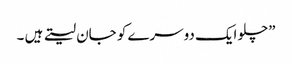
”چلو ایک دوسرے کو جان لیتے ہیں ۔